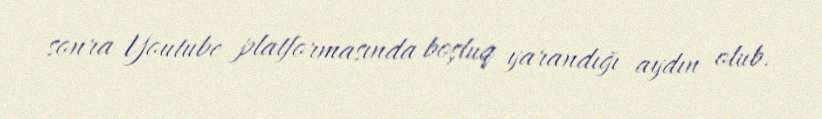
sonra Youtube platformasında boşluq yarandığı aydın olub.